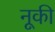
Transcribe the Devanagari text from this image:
नूकी